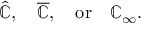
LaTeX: { \hat { \mathbb { C } } } , \quad { \overline { { \mathbb { C } } } } , \quad { \mathrm { o r } } \quad \mathbb { C } _ { \infty } .